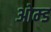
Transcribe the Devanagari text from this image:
ओम्ड